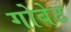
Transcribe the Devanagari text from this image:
गोबेट